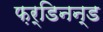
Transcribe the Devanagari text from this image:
फ़र्डिनन्ड